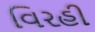
વિરહી